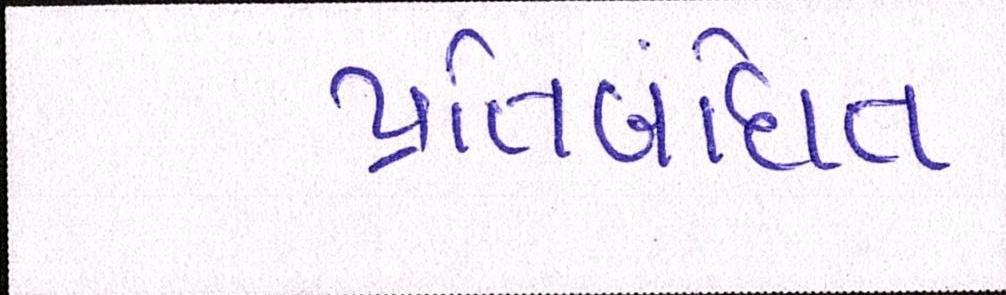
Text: પ્રતિબંધિત